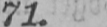
71.